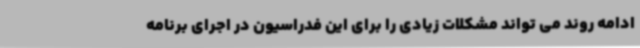
ادامه روند می تواند مشکلات زیادی را برای این فدراسیون در اجرای برنامه